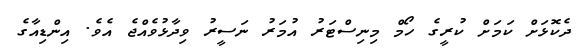
ދެކޮޅަށް ކަމަށް ކުރީގެ ހޯމް މިނިސްޓަރު އުމަރު ނަސީރު ވިދާޅުވެއްޖެ އެވެ. އިންޑިއާގެ